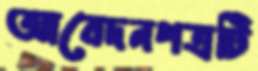
আবেদনপত্রটি